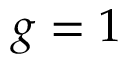
g = 1